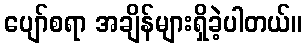
ပျော်စရာ အချိန်များရှိခဲ့ပါတယ်။